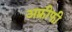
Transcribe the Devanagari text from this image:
अफ़्रीफी